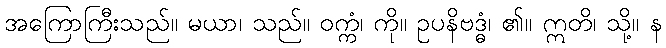
အကြောကြီးသည်။ မယာ၊ သည်။ ဝက္ကံ၊ ကို။ ဥပနိဗဒ္ဓံ၊ ၏။ ဣတိ၊ သို့။ န